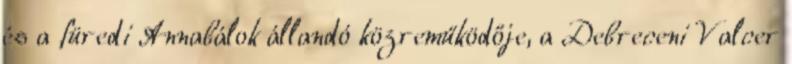
és a füredi Annabálok állandó közreműködője, a Debreceni Valcer